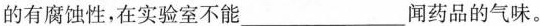
的有腐蚀性，在实验室不能\underline闻药品的气味。